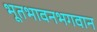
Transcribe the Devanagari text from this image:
भूतभावनभगवान